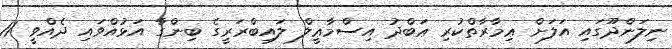
ނިލަންދޫގައި އަލަށް ޢިމާރާތްކުރި ޢަބްދު އިސްމާޢީލް ލައިބްރަރީގެ ބިންގާ އަޅުއްވައި ދެއްވީ 11